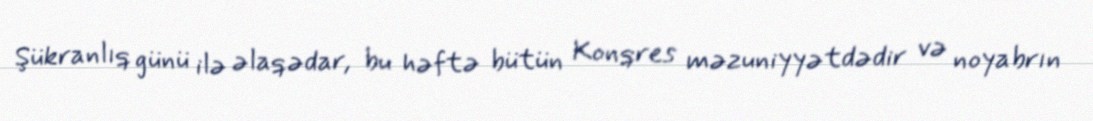
Şükranlıq günü ilə əlaqədar, bu həftə bütün Konqres məzuniyyətdədir və noyabrın